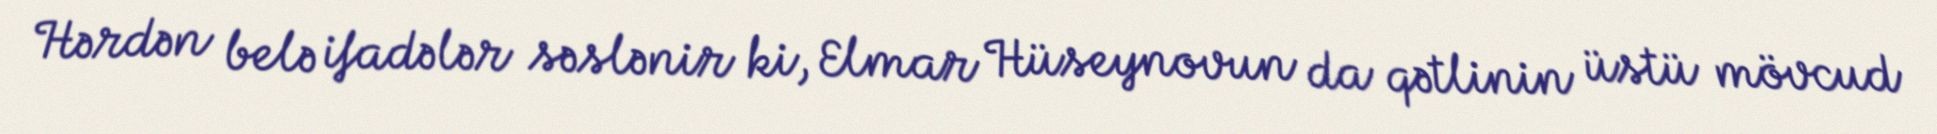
Hərdən belə ifadələr səslənir ki, Elmar Hüseynovun da qətlinin üstü mövcud